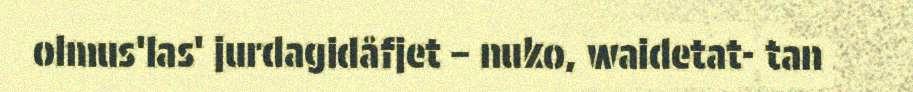
olmus'las' jurdagidåfjet – nuko, waidetat- tan